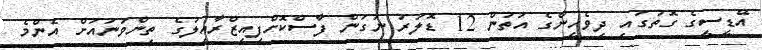
އޭޑީސީގެ ގޮތުގައި ދިވެހީންގެ އަތުން 12 ޑޮލަރު ނަގަން ފާސްކޮށްފިއިޒްރާއިލުގެ ތިންވަނައަށް އެންމެ